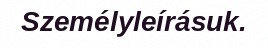
Személyleírásuk.